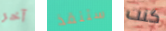
آخر ستنقذ كنت